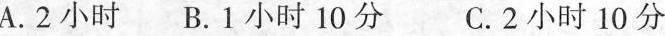
A.2小时B.1小时10分 C.2小时10分